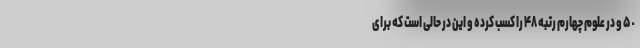
۵٠ و در علوم چهارم رتبه ۴٨ را کسب کرده و این در حالی است که برای